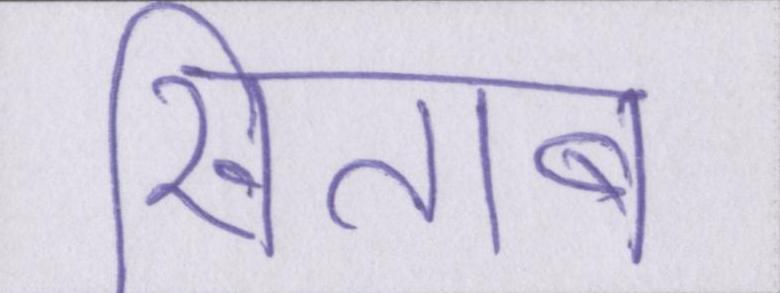
खिताब